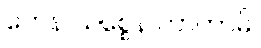
တေန သစ္စေန ကာဟာမိ၊